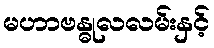
မဟာဗန္ဓုလလမ်းနှင့်